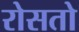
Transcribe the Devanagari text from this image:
रोसतो